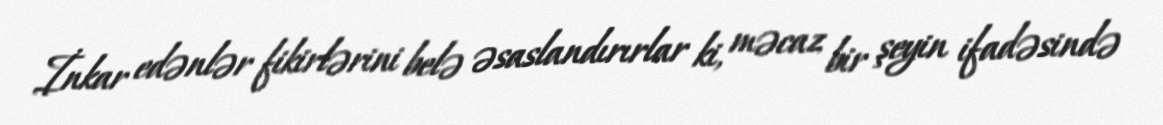
İnkar edənlər fikirlərini belə əsaslandırırlar ki, məcaz bir şeyin ifadəsində